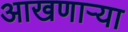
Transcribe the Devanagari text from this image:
आखणार्‍या